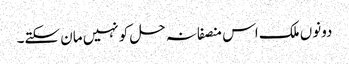
دونوں ملک اس منصفانہ حل کو نہیں مان سکتے۔